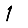
Digit: 1